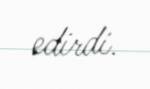
edirdi.